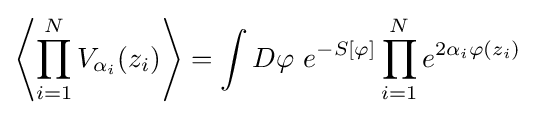
\left\langle \prod _{i=1}^{N}V_{\alpha _{i}}(z_{i})\right\rangle =\int D\varphi \ e^{-S[\varphi ]}\prod _{i=1}^{N}e^{2\alpha _{i}\varphi (z_{i})}\